Report on sanitation, dispensaries, and jails in Rajputana for 1918, and on vaccination for the year 1918-1919 - 1918-1919
Year: 1918
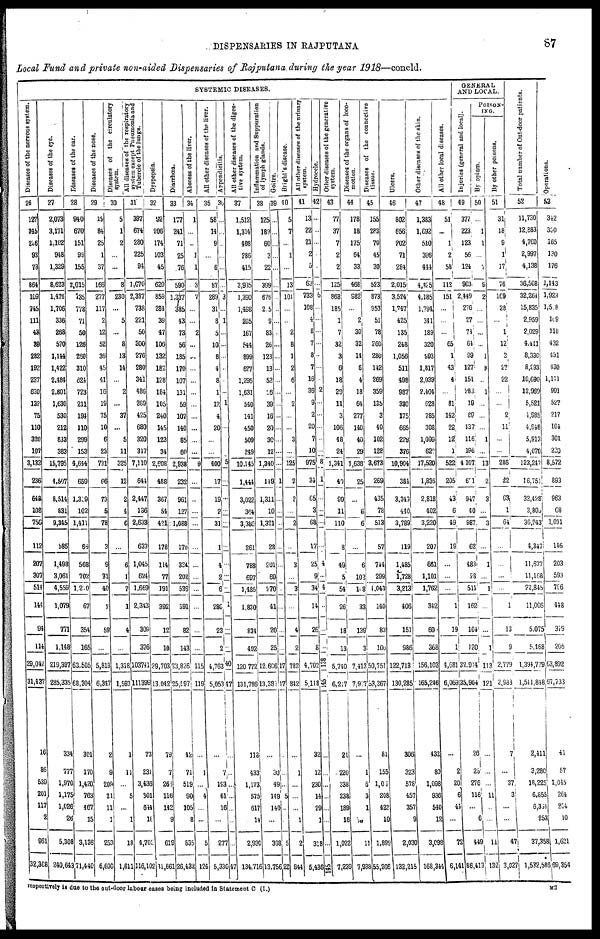
DISPENSARIES IN RAJPUTANA
87
Local Fund and private non-aided Dispensaries of Rajputana during the year 1918—concld.
SYSTEMIC DISEASES.
Diseases of the nervous System.
26
127
345
226
93
73
864
109
745
111
43
39
282
192
237
630
132
75
110
320
107
3,132
236
648
108
756
112
207
307
514
144
94
114
29,042
31,437
16
86
539
201
117
2
961
32,388
Diseases of the eye.
27
2,073
3,171
1,102
948
1,329
8,623
1,476
1,706
336
268
570
1,144
1,422
2,484
2,801
1,630
530
212
833
383
15,795
4,507
8,514
831
9,345
585
1,498
3,061
4,559
1,079
771
1,148
219,397
285,335
334
777
1,970
l,175
1,626
26
5,308
240,643
Diseases of the ear.
28
940
670
151
99
155
2,015
535
778
71
50
126
250
310
624
723
211
194
110
299
153
4,644
659
1,309
102
1,411
66
568
702
1,270
67
354
165
63,505
68,304
301
170
1,420
763
467
15
3,136
71,440
Diseases of the nose.
29
19
84
25
1
37
166
277
117
2
12
52
36
45
41
16
19
75
10
6
23
731
66
73
5
78
3
9
31
40
2
59
...
5,818
6,347
2
9
209
23
11
1
253
6,600
Di s eas es of the circulatory
system.
30
5
1
2
...
...
8
230
...
5
...
8
13
14
...
2
...
37
...
5
11
325
12
2
4
6
...
6
1
7
1
4
...
1,318
1,593
1
11
...
5
...
1
18
1,611
All di s eas es of the respiratory
System except Pn e u mo n ia and
Tube r
c l
e of t he l ungs.
31
397
674
280
225
94
1,070
2,387
738
221
50
300
276
280
341
486
289
425
680
320
317
7,110
644
2,447
166
2,633
633
1,045
624
1,669
2,343
309
376
103741
111399
73
231
3,436
301
644
18
4,703
116,102
Dyspepsia.
32
92
206
174
103
45
620
859
284
39
47
106
132
182
128
184
105
240
145
123
34
2,608
488
367
54
421
178
114
77
191
392
12
10
29,703
13,042
79
7
266
116
142
9
619
31,661
Diarrhœa.
33
177
241
71
25
76
590
1,337
385
43
73
56
185
170
107
131
59
107
140
65
60
2,938
232
961
127
1,088
170
324
202
536
391
82
143
23,826
25,597
42
71
519
90
105
8
835
26,432
Abscess of the liver.
34
1
...
...
1
1
3
7
...
...
2
...
...
...
...
...
...
...
...
...
...
9
...
...
...
...
...
...
...
...
...
...
...
115
119
...
1
...
4
...
...
5
124
All other diseases of the liver.
35
58
14
9
...
6
87
289
31
8
5
10
8
4
8
1
12
4
20
...
...
400
17
19
2
31
1
4
2
6
286
23
2
4,763
5,053
...
7
193
61
16
...
277
5,330
Appendicitis.
36
...
...
...
...
...
...
3
...
1
...
...
...
...
...
...
1
...
...
...
...
5
...
...
...
...
...
...
...
...
1
...
...
40
47
...
...
...
...
...
...
...
47
All other diseases of the diges-
tive system.
37
1,512
1,314
408
286
415
3,935
1,390
1,498
205
167
544
899
627
1,295
1,631
540
141
450
509
249
10,145
1,444
3,022
364
3,386
261
788
697
1,485
1,830
834
492
120,772
131,786
113
433
1,173
575
617
14
2,930
134,716
I nf l
ammat i
on and Suppur at i
on
of l
ymph glands.
38
125
189
60
3
22
399
676
205
9
83
26
123
13
52
26
39
16
20
30
12
1,340
149
1,311
10
1,321
28
201
69
270
41
20
25
12,606
13,387
...
30
49
149
140
...
368
13,756
Goi t
r e.
39
...
...
...
...
...
...
...
...
...
...
...
...
...
...
...
...
...
...
...
...
...
1
...
...
...
...
...
...
...
...
...
17
17
...
...
...
5
...
...
5
22
Bright's disease.
40
5
7
...
1
...
13
101
...
...
2
8
1
2
6
...
2
...
...
3
...
125
2
2
...
2
...
3
...
3
...
4
2
782
842
...
1
...
...
...
1
2
844
All other diseases of the urinary
system.
41
13
22
21
2
5
63
733
108
4
8
7
8
7
16
36
9
2
20
7
10
975
34
65
3
68
17
25
9
34
14
26
8
4,702
5,118
32
12
230
14
29
1
318
5,436
Hydrocele.
42
...
...
...
...
...
...
6
...
...
...
...
...
...
...
2
...
...
...
...
...
8
1
...
...
...
...
4
...
4
...
...
...
138
145
...
...
...
...
...
...
...
145
Other diseases of the generative
system.
43
77
37
7
2
2
125
868
185
1
7
32
3
6
18
29
11
3
106
48
24
1,341
40
99
11
110
8
49
5
54
26
18
13
5,740
6,217
21
220
338
238
189
16
1,022
7,239
Diseases of the organs of loco-
motion.
44
178
18
175
64
33
468
982
...
2
30
32
14
6
4
18
64
277
140
40
29
1,638
25
...
6
6
...
6
102
108
33
139
3
7,413
7,927
...
1
6
3
1
10
11
7,938
Diseases of the connective
tissue.
45
155
283
70
45
30
523
873
953
51
78
260
280
142
269
359
135
3
40
102
128
3,673
269
435
78
513
57
744
299
1,043
140
83
100
50,751
53,367
81
155
1,002
208
423
10
1,899
55,266
Ulcers.
46
802
656
702
71
284
2,015
3,524
1,747
425
135
248
1,056
511
498
987
330
175
665
229
376
10,904
384
3,349
440
3,789
119
1,485
1,728
3,213
406
151
986
122,713
130,285
306
323
578
457
357
9
2,030
132,215
Other diseases of the skin.
47
1,383
1,692
510
396
444
4,425
4,185
1,794
341
189
320
993
1,817
2,039
2,404
628
785
308
1,099
622
17,520
1,836
2,818
402
3,220
207
661
1,101
1,762
342
60
368
156,103
165,246
432
80
1,098
936
540
12
3,098
168,344
All other local diseases.
48
51
...
1
2
58
112
151
...
...
...
65
1
43
4
...
81
142
22
12
1
522
205
43
6
49
19
...
...
1
19
1
4,681
6,069
...
2
20
6
44
...
72
6,141
GENERAL
AND LOCAL.
Injuries (general and local).
49
377
223
123
56
124
903
2,449
276
27
71
64
99
127
151
283
19
89
137
116
196
4,107
601
947
40
987
62
483
28
511
162
104
120
32,914
35,964
26
26
276
116
...
6
449
86,413
POISON¬
ING.
By opium.
50
...
1
1
...
7
9
2
...
...
...
...
1
8
...
1
...
...
...
1
...
13
2
3
...
3
...
1
...
1
...
...
1
113
121
...
...
...
11
...
11
132
By other poisons.
51
31
18
9
1
17
76
169
28
...
1
12
2
27
22
...
...
2
11
...
...
286
22
63
1
64
...
...
...
...
1
13
9
2,779
2,933
7
...
37
3
...
47
3,027
Total number of Out-door patients.
52
11,730
12,883
4,760
2,997
4,138
36,508
32,264
15,835
2,959
2,029
4,411
8,330
8,293
10,690
12,969
5,521
1,985
4,948
5,913
4,070
123,247
16,751
32,428
3,803
36,243
4,347
11,677
11,168
22,845
11,006
5,075
5,468
1,394,779
1,511,848
2,411
3,280
18,225
6,855
6,334
253
37,358
*
1,532,586
Operations.
53
342
330
165
130
176
1,143
1,923
1,508
109
118
432
431
430
1,111
991
527
217
104
301
220
8,572
893
963
68
1,031
146
203
593
796
448
379
205
63,892
67,733
41
57
1,045
264
2204
10
1,621
69,354
respectively is due to the out-door labour cases being included in Statement C (I.)
M2